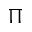
\Pi